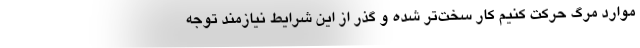
موارد مرگ حرکت کنیم کار سخت‌تر شده و گذر از این شرایط نیازمند توجه